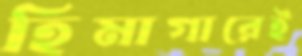
হিমাগারেই